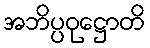
အဘိပ္ပဝုဋ္ဌောတိ